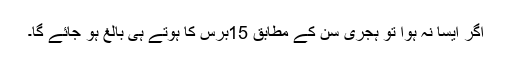
اگر ایسا نہ ہوا تو ہِجری سِن کے مطابِق 15برس کا ہوتے ہی بالغ ہو جائے گا۔